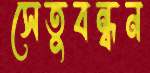
সেতুবন্ধন